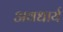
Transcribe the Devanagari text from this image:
अवधार्य